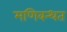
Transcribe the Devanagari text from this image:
मणिबन्धत